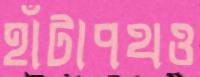
হাঁটাপথও